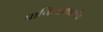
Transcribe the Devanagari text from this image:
पाणिनीकालीन